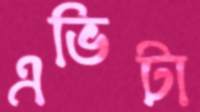
এভিটা